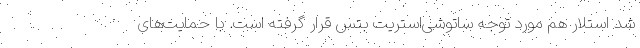
شد استلار هم مورد توجه ساتوشی‌استریت بتس قرار گرفته است. با حمایت‌های